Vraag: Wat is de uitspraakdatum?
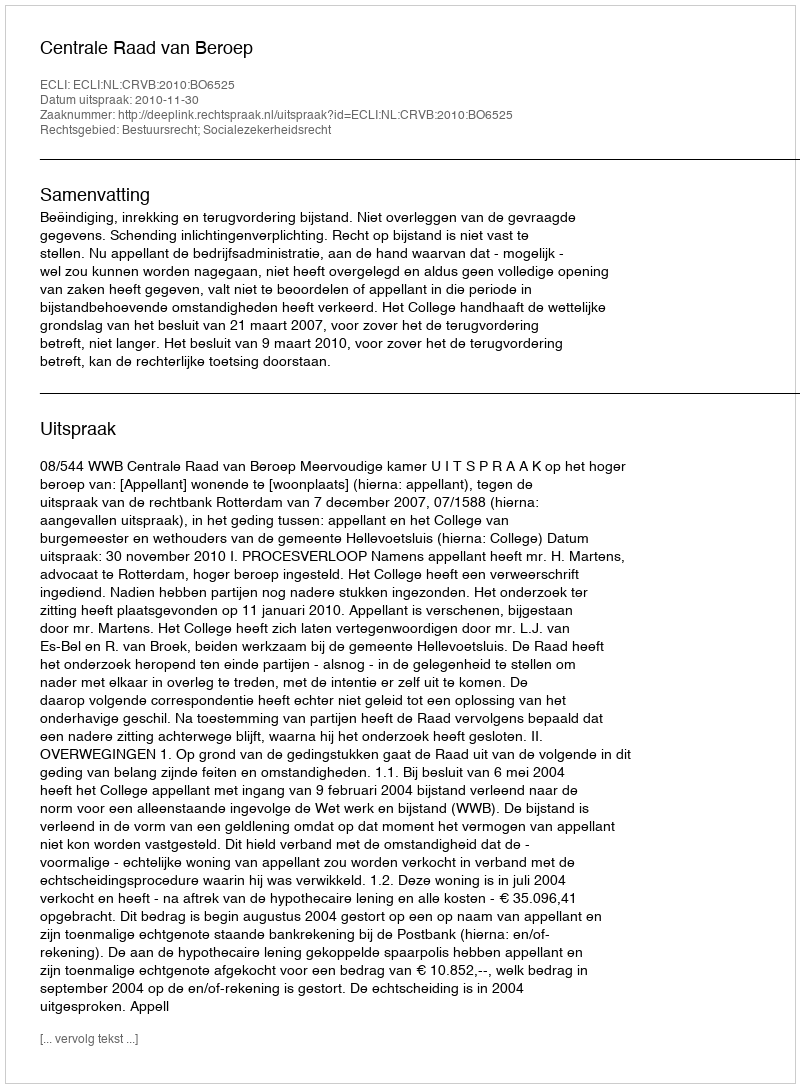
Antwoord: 2010-11-30